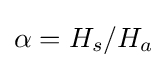
\alpha =H_{s}/H_{a}